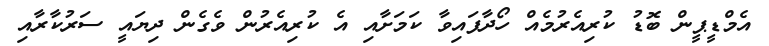
އެމްޑީޕީން ބޮޑު ކުރިއެރުމެއް ހޯދާފައިވާ ކަމަށާއި އެ ކުރިއެރުން ވެގެން ދިޔައީ ސަރުކާރާއި